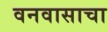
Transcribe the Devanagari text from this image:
वनवासाचा